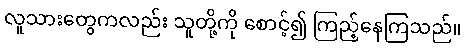
လူသားတွေကလည်း သူတို့ကို စောင့်၍ ကြည့်နေကြသည်။